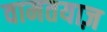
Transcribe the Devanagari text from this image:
वामतयाज़